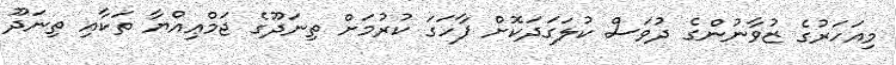
މިއަހަރުގެ ޒުވާނުންގެ ދުވަސް ކުލަގަދަކޮށް ފާހަގަ ކުރުމަށް ތިނަދޫގެ ޖަމްޢިއްޔާ ތަކާއި ތިނަދޫ